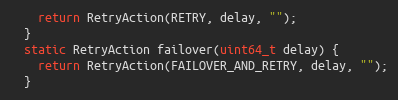
Language: C
    return RetryAction(RETRY, delay, "");
  }
  static RetryAction failover(uint64_t delay) {
    return RetryAction(FAILOVER_AND_RETRY, delay, "");
  }